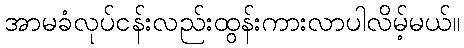
အာမခံလုပ်ငန်းလည်းထွန်းကားလာပါလိမ့်မယ်။